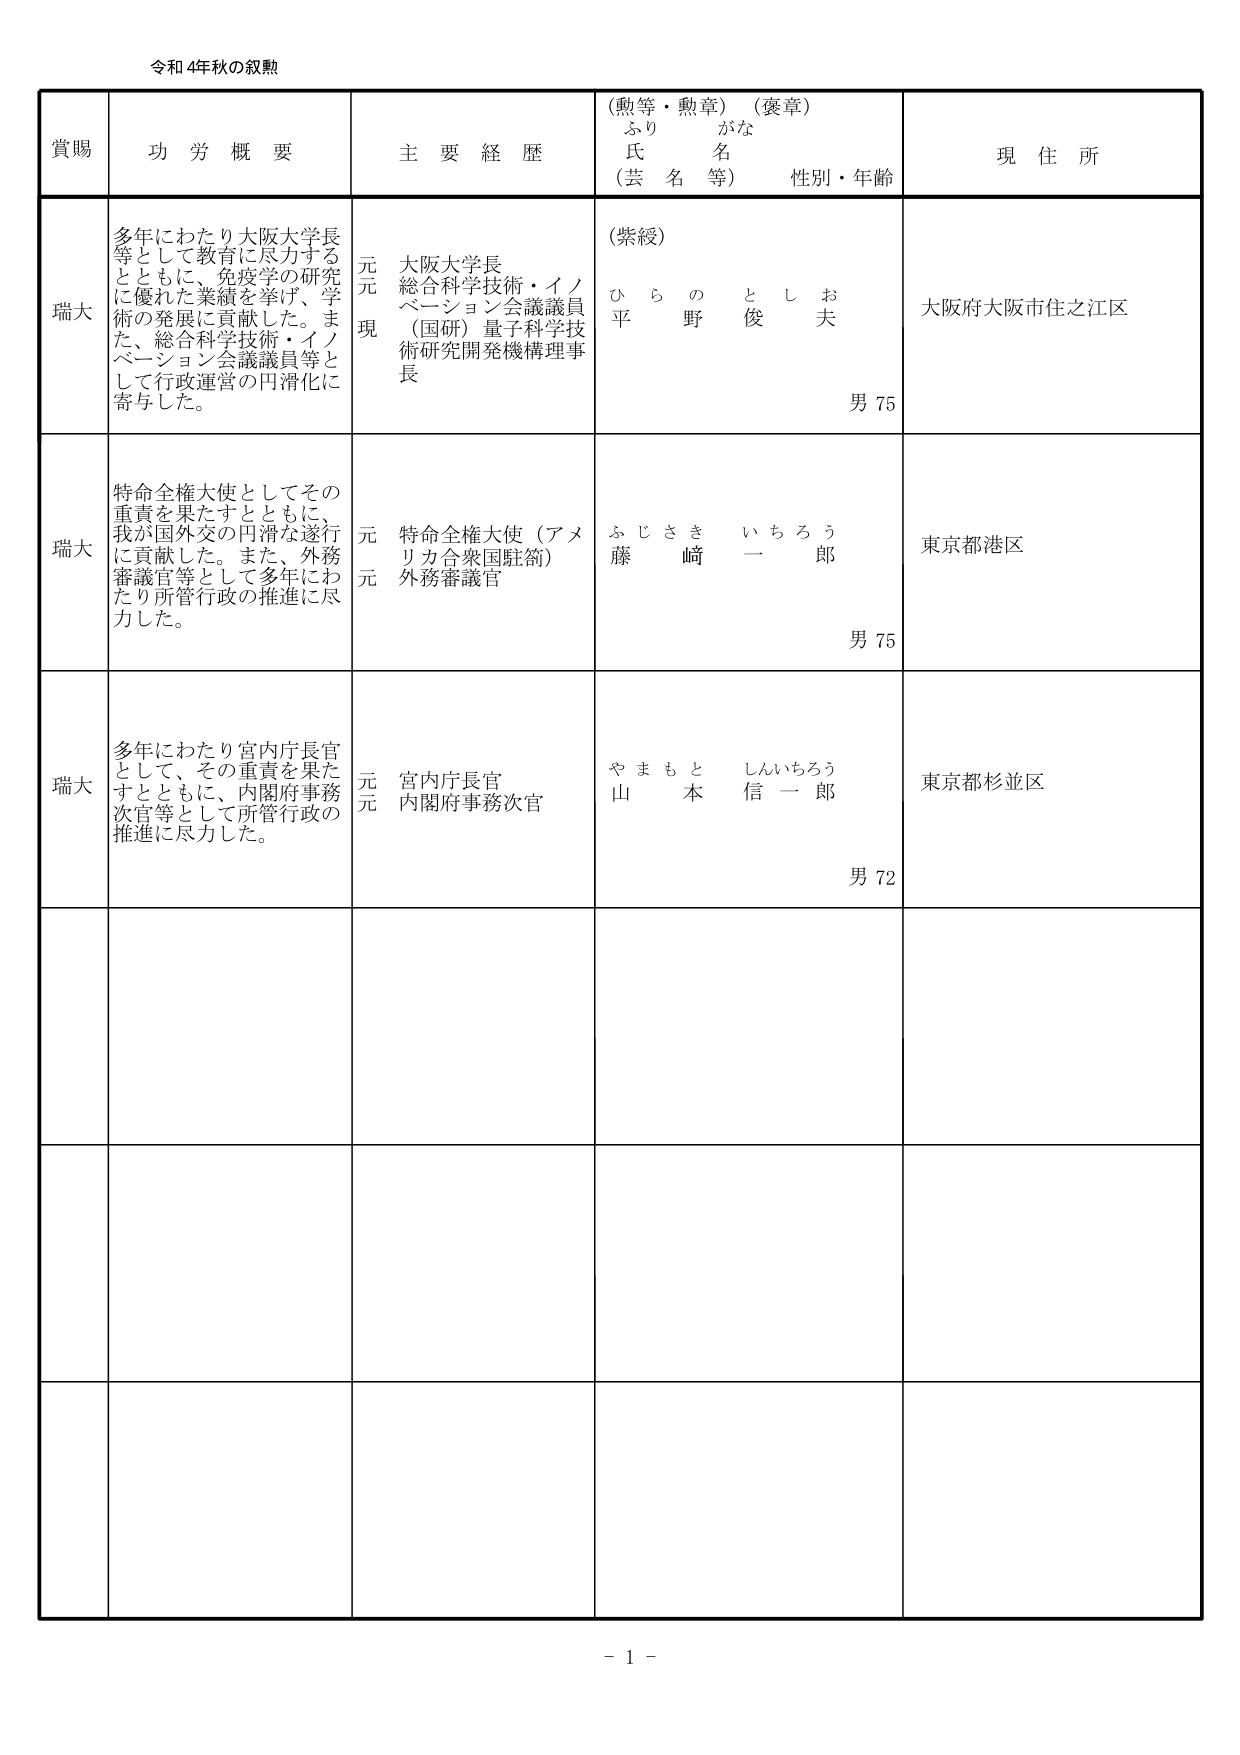
令和4年秋の叙勲

賞賜　功労概要　主要経歴　（勲等・勲章）（褒章）　現住所
　　　　　　　　　　　　　ふりがな
　　　　　　　　　　　　　氏　名
　　　　　　　　　　　　　（芸名等）　性別・年齢

瑞大　多年にわたり大阪大学長等として教育に尽力するとともに、免疫学の研究に優れた業績を挙げ、学術の発展に貢献した。また、総合科学技術・イノベーション会議議員等として行政運営の円滑化に寄与した。
　　　元　大阪大学長
　　　元　総合科学技術・イノベーション会議議員
　　　現　（国研）量子科学技術研究開発機構理事長
　　　（紫綬）　ひらの　としお　平野　俊夫　男75　大阪府大阪市住之江区

瑞大　特命全権大使としてその重責を果たすとともに、我が国外交の円滑な遂行に貢献した。また、外務審議官等として多年にわたり所管行政の推進に尽力した。
　　　元　特命全権大使（アメリカ合衆国駐箚）
　　　元　外務審議官
　　　ふじさき　いちろう　藤﨑　一郎　男75　東京都港区

瑞大　多年にわたり宮内庁長官として、その重責を果たすとともに、内閣府事務次官等として所管行政の推進に尽力した。
　　　元　宮内庁長官
　　　元　内閣府事務次官
　　　やまもと　しんいちろう　山本　信一郎　男72　東京都杉並区

－1－